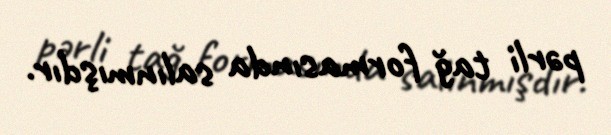
pərli tağ formasında salınmışdır.